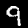
Label: 9